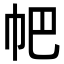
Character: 帊